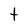
Character: t